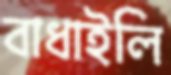
বাধাইলি